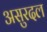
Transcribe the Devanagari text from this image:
असुरदल